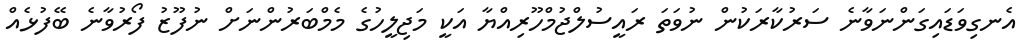
އެނގިވަަޑައިގަންނަވާނެ ސަރުކާރަކުން ނުވަތަ ރައީސުލްޖުމްހޫރިއްޔާ އަކީ މަޖިލީހުގެ މެމްބަރުންނަށް ނުފޫޒު ފޯރުވާނެ ބޭފުޅެއް